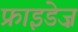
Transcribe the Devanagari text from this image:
फ्राइडेज़